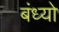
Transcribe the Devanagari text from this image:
बंध्यो